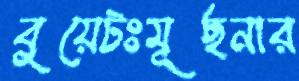
বুয়েটঃমূর্ছনার